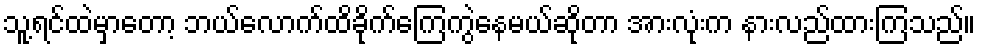
သူ့ရင်ထဲမှာတော့ ဘယ်လောက်ထိခိုက်ကြေကွဲနေမယ်ဆိုတာ အားလုံးက နားလည်ထားကြသည်။